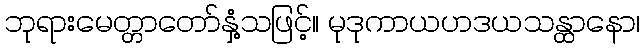
ဘုရားမေတ္တာတော်နှံ့သဖြင့်။ မုဒုကာယဟဒယသန္ထာနော၊